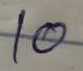
10